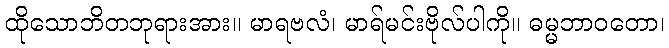
ထိုသောဘိတဘုရားအား။ မာရဗလံ၊ မာရ်မင်းဗိုလ်ပါကို။ ဓမ္မဘာဝတော၊